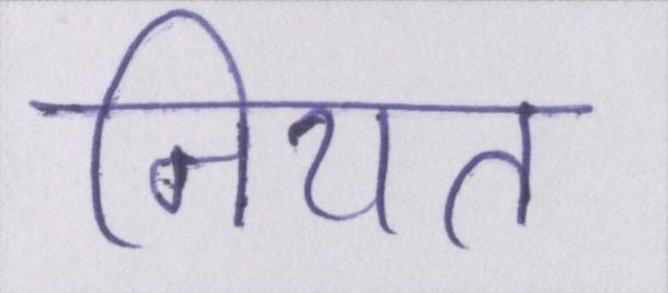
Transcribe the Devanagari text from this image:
नियत